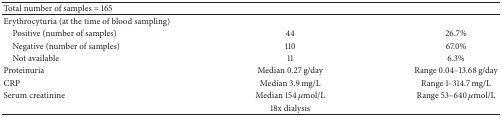
| Total number of samples = 165 |  |  |
 | --- | --- | --- |
 | Erythrocyturia (at the time of blood sampling) |  |  |
 | Positive (number of samples) | 44 | 26.7% |
 | Negative (number of samples) | 110 | 67.0% |
 | Not available | 11 | 6.3% |
 | Proteinuria | Median 0.27 g/day | Range 0.04–13.68 g/day |
 | CRP | Median 3.9 mg/L | Range 1–314.7 mg/L |
 | Serum creatinine | Median 154 μmol/L | Range 53–640 μmol/L |
 |  | 18x dialysis |  |